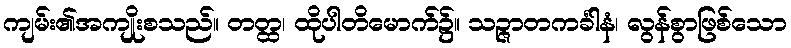
ကျမ်း၏အကျိုးစသည်။ တတ္ထ၊ ထိုပါတိမောက်၌။ သဉ္ဇာတကင်္ခါနံ၊ လွန်စွာဖြစ်သော